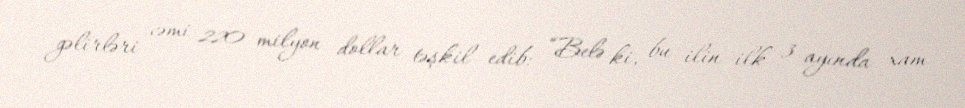
gəlirləri cəmi 220 milyon dollar təşkil edib: “Belə ki, bu ilin ilk 3 ayında xam